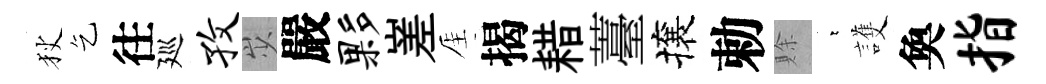
狄乞往廵孜𡵯嚴夥嵳厓揭耤薹攘勅賖萋護奐指